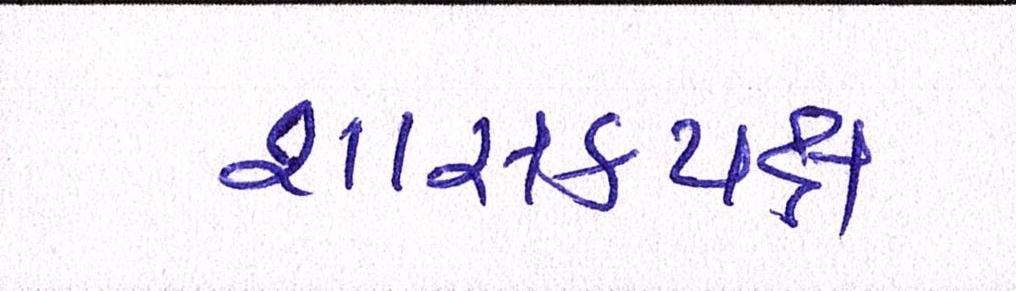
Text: શાસકપક્ષ